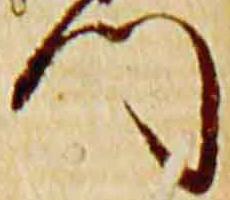
門